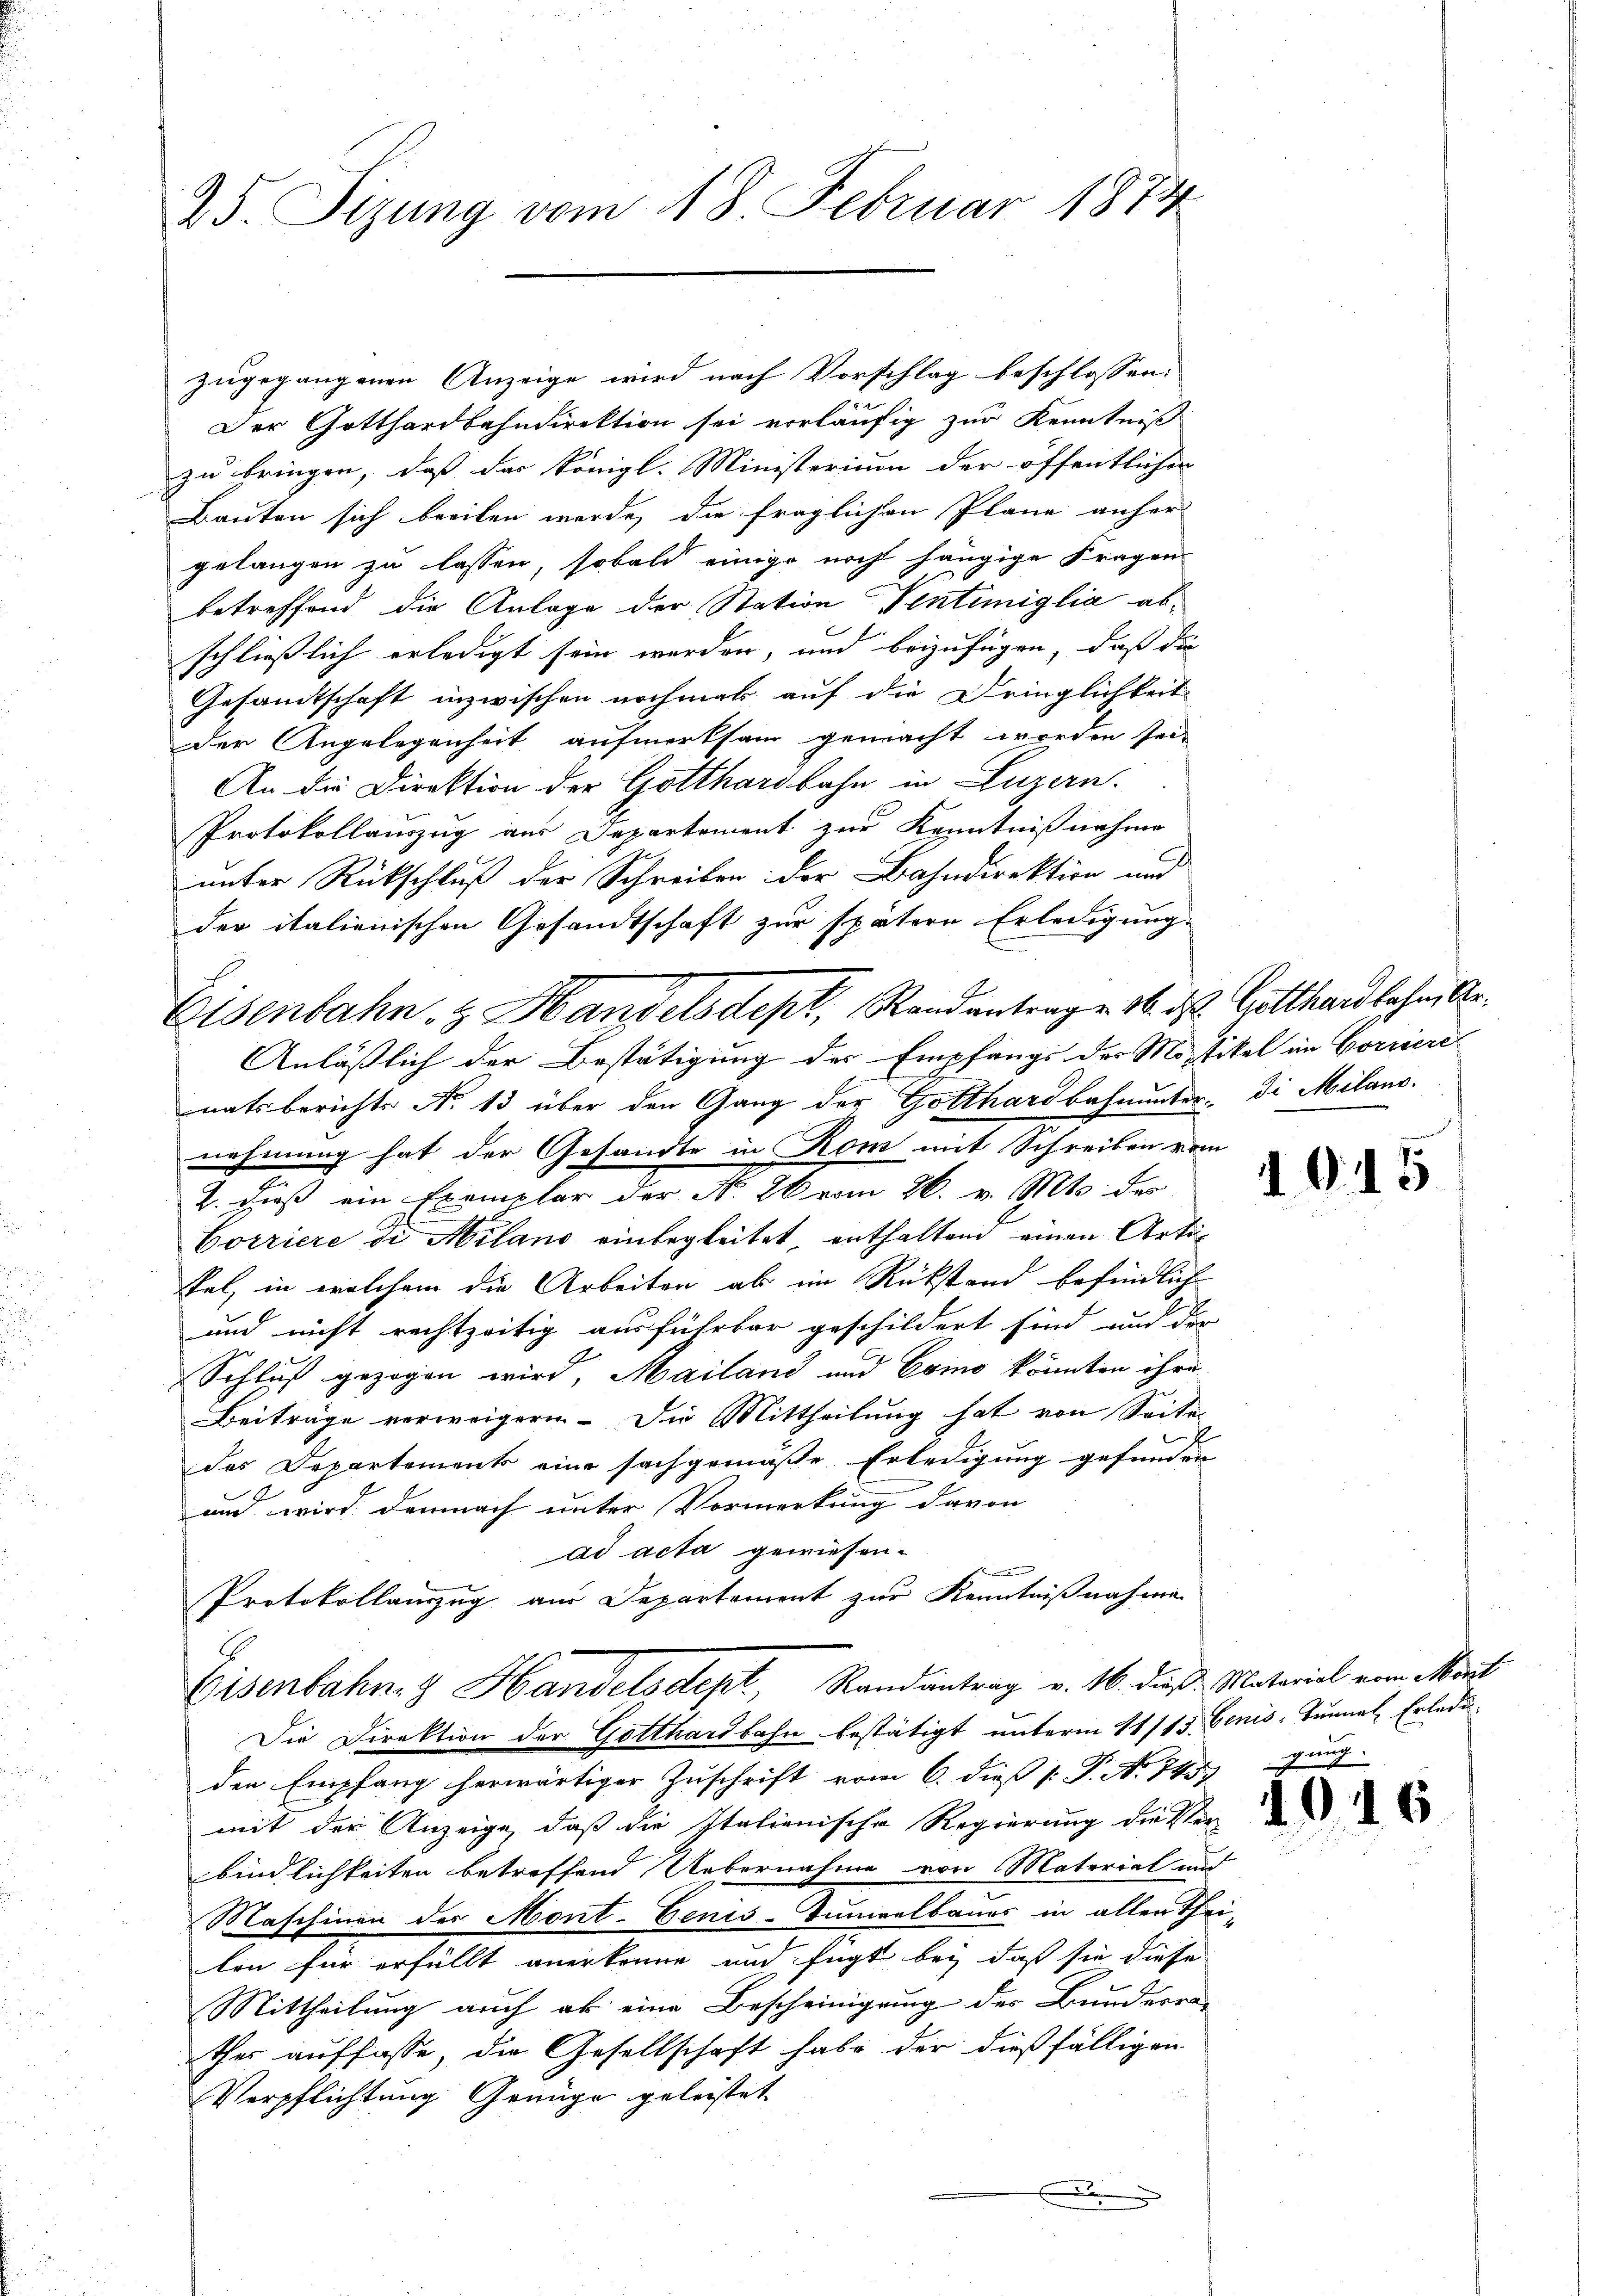
25. Sizung vom 18. Februar 1874

zugegangenen Anzeige wird nach Vorschlag beschlossen:
Der Gotthardbahndirektion sei vorläufig zur Kenntniß
zu bringen, daß das Königl. Ministerium der öffentlichen
Bauten sich breiten werde, die fraglichen Plane anher
gelangen zu lassen, sobald einige noch hängige Fragen
betreffend die Anlage der Station Ventimiglia abschließlich erledigt sein werden, und beizufügen, daß die
Gesandtschaft inzwischen nochmals auf die Dringlichkeit
der Angelegenheit aufmerksam gemacht worden sei.
An die Direktion der Gotthardbahn in Luzern.
Protokollauszug aus Departement zur Kenntnißnahme
unter Rückschluß der Schreiben der Bahndirektion und
der italienischen Gesandtschaft zur spätere Erledigung.
Anläßlich der Bestätigung des Empfangs der Mostikel im Corriere
natsberichts No 13 über den Gang der Gotthardbahnunter. Die Milano.
nehmung hat der Gesandte in Rom mit Schreiben vom
2. dieß ein Exemplar der N. 26 vom 26. v. Mts. des
Corriere di Milano einbegleitet, enthaltend einen Artistel, in welchem die Arbeiten ab im Rükstand befindlich
und nicht rechtzeitig ausführbar geschildert sind, und der
Schluß gezogen wird, Mailand und Como könnten ihre
Beitrage verweigern. Die Mittheilung hat von Seite
des Departements eine sachgemäße Erledigung gefunden
und wird demnach unter Vormerkung davon
ad acta gewiesen.
Protokollanzug am Departement zur Kenntnißnahme
Eisenbahn- & Handelsdept, Randantrag v. 16. dieß Material vom Mont
Die Direktion der Gotthardbahn bestätigt unterm 11/13. Cenis Tunnel, Erledi
den Empfang herwärtiger Zuschrift vom 6. dieß (: P. N. 745)
mit der Anzeige, daß die Italienische Regierung die Verbindlichkeiten betreffend Uebernahme von Material und
Maschinen des Mont-Eenis-Summelbaues in allen Thei-
len für erfüllt anerkenne und fügt bey daß sie diese
Mittheilung auch ob eine Bescheinigung des Bunderra-
thes auffasse, die Gesellschaft habe der dießfälligen
Verpflichtung Genüge geleistet

Eisenbahn. H. Handelsdept, Randantrag v. 16. ds. Gotthardbahn, Ar¬

a

1915

gung

104

6